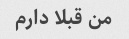
من قبلا دارم